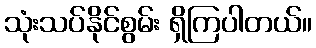
သုံးသပ်နိုင်စွမ်း ရှိကြပါတယ်။